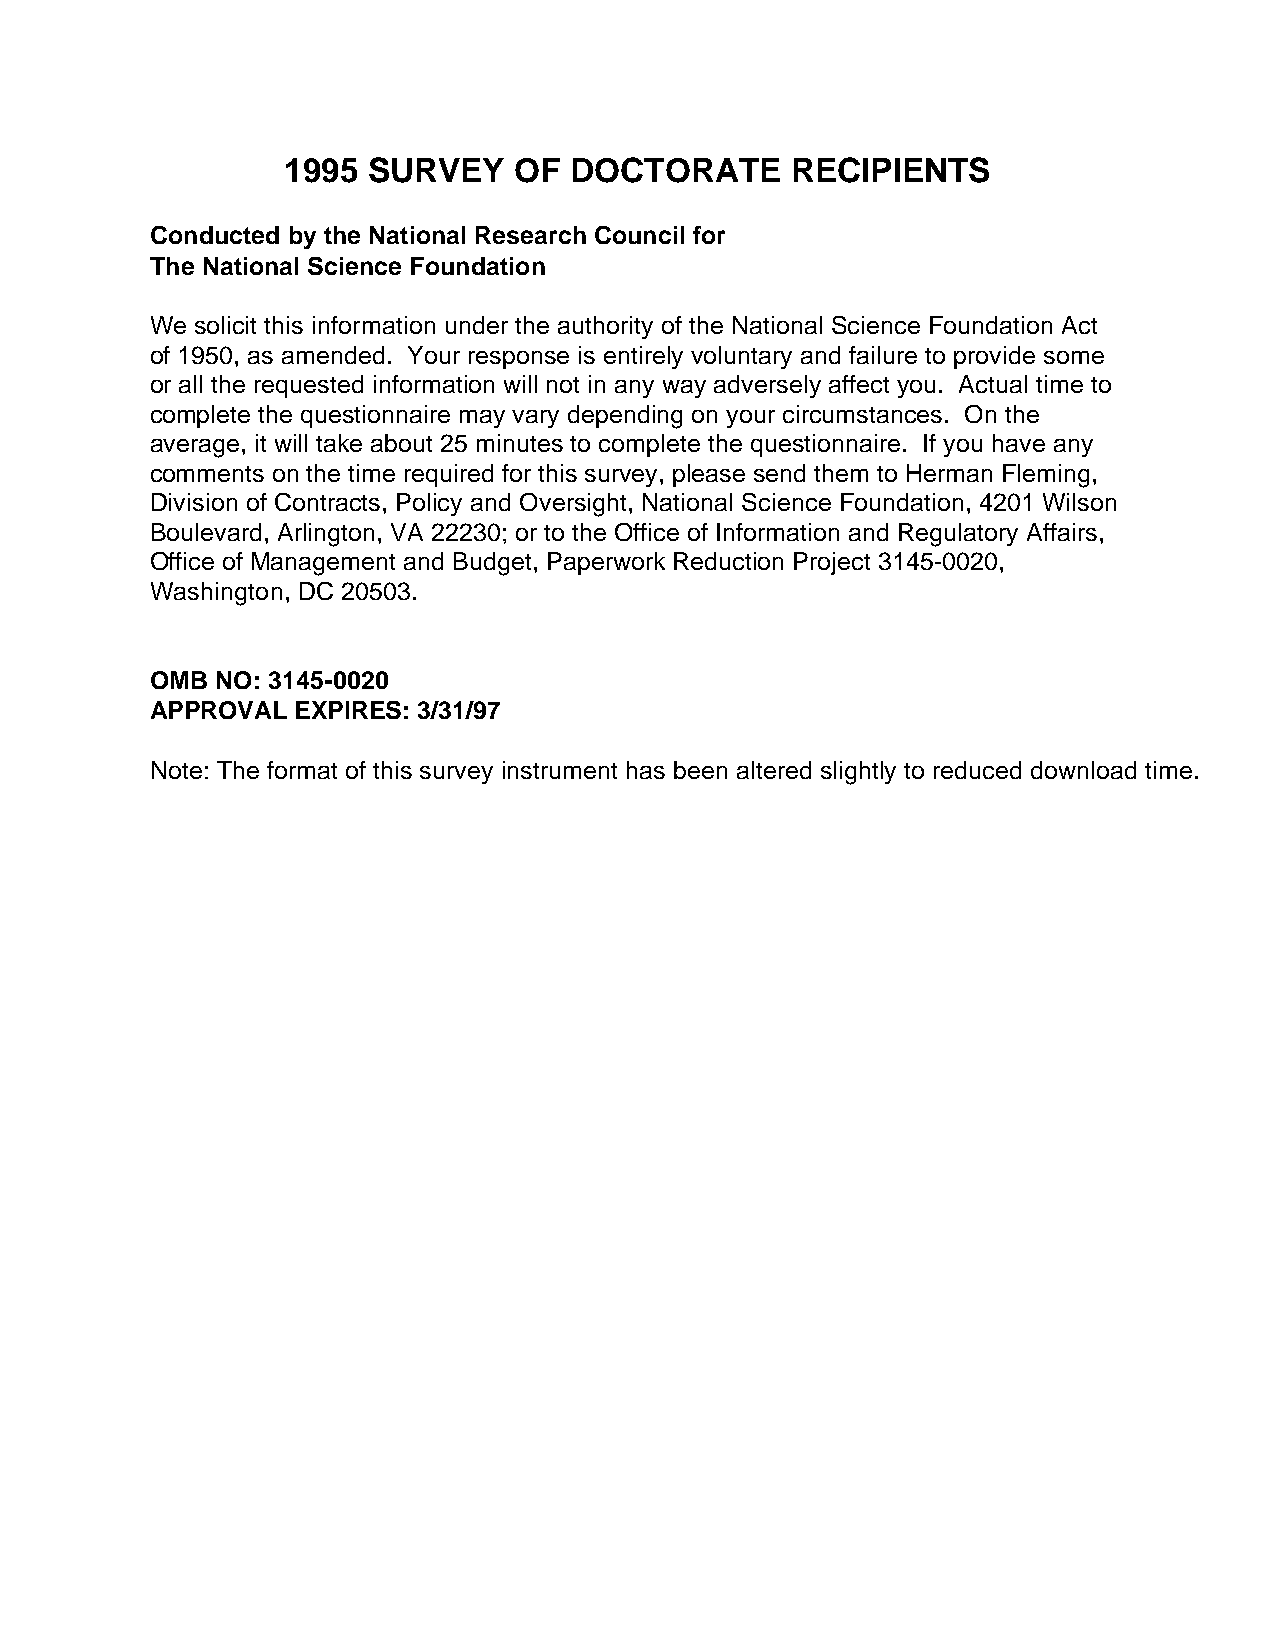
1995 SURVEY    OF  DOCTORATE     RECIPIENTS
 Conducted by the National Research Council for
 The National Science Foundation
 We solicit this information under the authority of the National Science Foundation Act
 of 1950, as amended. Your response is entirely voluntary and failure to provide some
 or all the requested information will not in any way adversely affect you. Actual time to
 complete the questionnaire may vary depending on your circumstances. On the
 average, it will take about 25 minutes to complete the questionnaire. If you have any
 comments on the time required for this survey, please send them to Herman Fleming,
 Division of Contracts, Policy and Oversight, National Science Foundation, 4201 Wilson
 Boulevard, Arlington, VA 22230; or to the Office of Information and Regulatory Affairs,
 Office of Management and Budget, Paperwork Reduction Project 3145-0020,
 Washington, DC 20503.
 OMB NO: 3145-0020
 APPROVAL  EXPIRES: 3/31/97
 Note: The format of this survey instrument has been altered slightly to reduced download time.